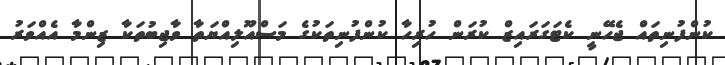
ކުންފުނިތައް ޖެހޭނީ ކެޓަގަރައިޒް ކުރަން ހުރިހާ ކުންފުނިތަކުގެ މަސްއޫލިއްޔަތާ ވާޖިބުތަކާ ޒިންމާ އެއްވަރު